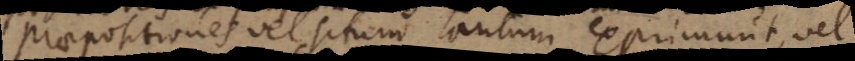
Praepositiones vel situm tantum exprimunt, vel